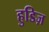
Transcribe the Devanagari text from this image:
हुडिज़